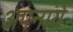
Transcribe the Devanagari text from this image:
अपनायें